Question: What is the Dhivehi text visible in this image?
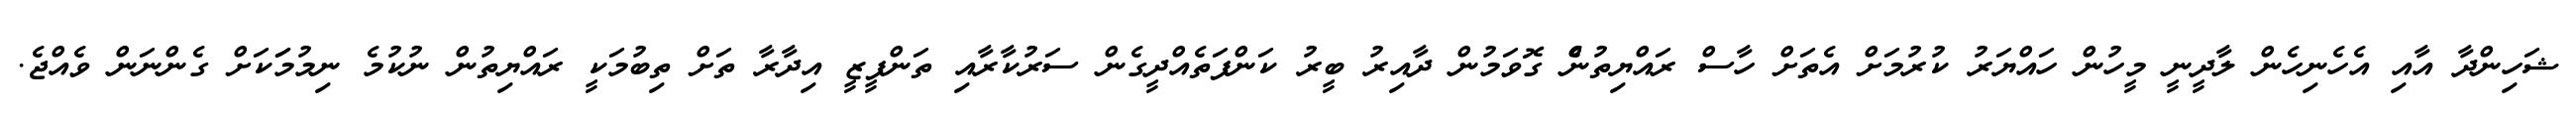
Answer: ޝަހިންދާ އާއި އެހެނިހެން ލާދީނީ މީހުން ހައްޔަރު ކުރުމަށް އެތަށް ހާސް ރައްޔިތުނެް ގޮވަމުން ދާއިރު ބީރު ކަންފަތެއްދީގެން ސަރުކާރާއި ތަންފީޒީ އިދާރާ ތަށް ތިބުމަކީ ރައްޔިތުން ނުކުމެ ނިމުމަަކަށް ގެންނަން ވެއްޖެ.